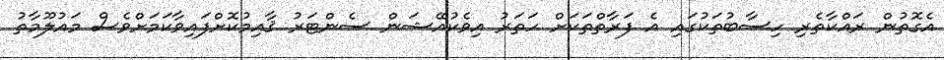
އެގޮތުން ރައްކާތެރި ހިސާބުތަކުގައި އެ ފަރާތްތަކަށް ހަތަރު އިވެކުއޭޝަން ސެންޓަރު ޤާއިމުކޮށްފައިވާކަމަށްވެސް މައުލޫމާތު